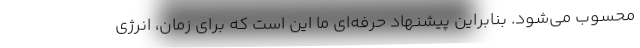
محسوب می‌شود. بنابراین پیشنهاد حرفه‌ای ما این است که برای زمان، انرژی